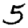
Digit: 5